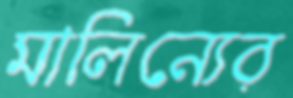
মালিন্যের